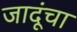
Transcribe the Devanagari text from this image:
जादूंचा